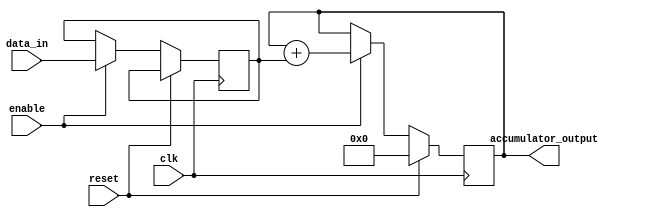
module Pipeline_accumulator (
    input wire clk,
    input wire reset,
    input wire [7:0] data_in,
    input wire enable,
    output wire [15:0] accumulator_output
);

reg [15:0] accumulator;
reg [7:0] data_reg;

always @(posedge clk) begin
    if (reset) begin
        accumulator <= 16'h0000;
    end else begin
        if (enable) begin
            data_reg <= data_in;
            accumulator <= accumulator + data_reg;
        end
    end
end

assign accumulator_output = accumulator;

endmodule